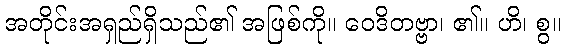
အတိုင်းအရှည်ရှိသည်၏ အဖြစ်ကို။ ဝေဒိတဗ္ဗာ၊ ၏။ ဟိ၊ စွ။